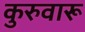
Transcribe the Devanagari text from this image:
कुरुवारू